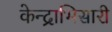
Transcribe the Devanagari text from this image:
केन्द्राभिसारी